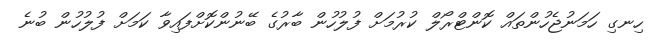
ހިނގި ހަމަނުޖެހުންތައް ކޮންޓްރޯލް ކުރުމަށް ފުލުހުން ބާރުގެ ބޭނުންކޮށްފައިވާ ކަމަށް ފުލުހުން ބުނެ